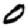
Digit: 0